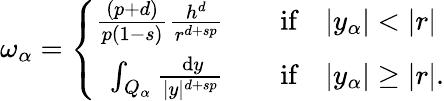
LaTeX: \omega_{\alpha}=\left\{ \begin{array}{rl}{\frac{(p+d)}{p(1-s)}\frac{h^{d}}{r^{d+sp}}\quad}&{\textup{if}\quad|y_{\alpha}|<|r|}\\ {\int_{Q_{\alpha}}\frac{\, \mathrm{d}y}{|y|^{d+sp}}\quad}&{\textup{if}\quad|y_{\alpha}|\geq|r|.}\end{array}\right.